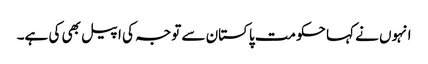
انہوں نے کہا حکومت پاکستان سے توجہ کی اپیل بھی کی ہے۔